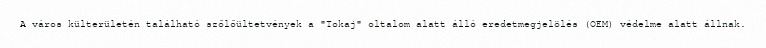
A város külterületén található szőlőültetvények a "Tokaj" oltalom alatt álló eredetmegjelölés (OEM) védelme alatt állnak.